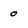
Character: 0